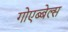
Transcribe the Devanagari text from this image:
गोएब्बेल्स